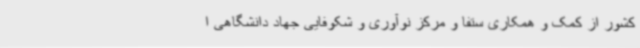
کشور از کمک و همکاری ستفا و مرکز نوآوری و شکوفایی جهاد دانشگاهی ا